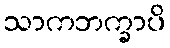
သာကဘက္ခာပိ